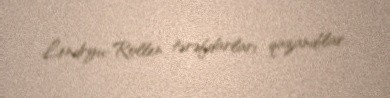
Lendryu-Rollen tərəfdarları qazandılar.